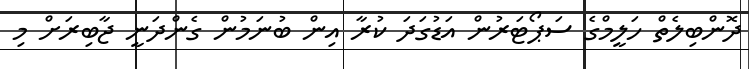
ދޮންބިލެތް ހަލީމްގެ ސަޕޯޓަރުން އަޑުގަދަ ކުރާ އިން ބުނަމުން ގެންދަނީ ޖާބިރަށް މި